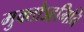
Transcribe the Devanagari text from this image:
मुक्तोऽहमिति